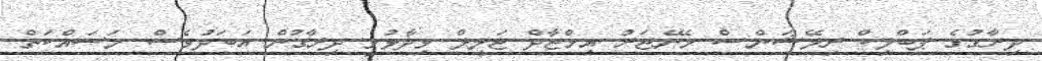
ދިރާގުގެ ޕަބްލިކް ރިލޭޝަންސް މެނޭޖަރު އިމްޖާދް ޖަލީލް ވިދާޅުވީ ދިރާގުން އަބަދުވެސް މަސައްކަތް